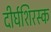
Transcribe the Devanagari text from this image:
दीर्घशिरस्क